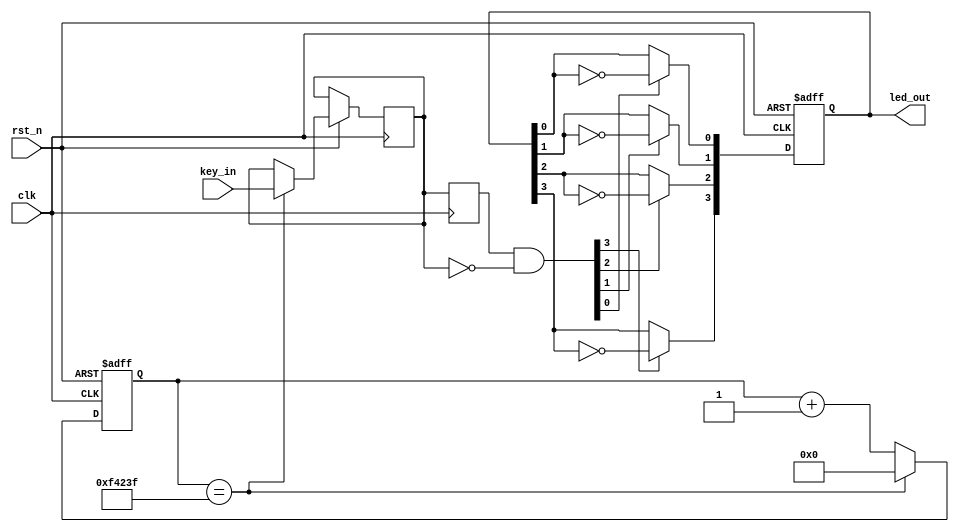
`timescale 1ns / 1ps
//////////////////////////////////////////////////////////////////////////////////
// Company: 
// Engineer: 
// 
// Design Name: 
// Module Name:    key_test 
// Project Name: 
// Target Devices: 
// Tool versions: 
// Description: 
//
// Dependencies: 
//
// Revision: 
// Revision 0.01 - File Created
// Additional Comments: 
//
//////////////////////////////////////////////////////////////////////////////////
module key_test(
    clk,
    rst_n,
    key_in,
    led_out
    );
    
    input clk;
    input rst_n;
    input [3:0]key_in;
    output [3:0]led_out;
    
    reg [19:0]count;
    reg [3:0]key_scan;
    
    /*********************************************************************************
     *20ms
     ********************************************************************************/
     
     always @(posedge clk or negedge rst_n) begin
        if (!rst_n)
            count <= 20'd0;
        else begin
            if (count == 20'd999_999) begin//20ms
                key_scan <= key_in;
                count <= 20'd0;
            end
            else
                count <= count + 1'b1;
        end
     end
     
     //
     reg [3:0] key_scan_r;
     
     always @(posedge clk)
        key_scan_r <= key_scan;
        
    //
    wire [3:0]key_flag = key_scan_r[3:0] & (~key_scan[3:0]);
    
    reg [3:0]rLED;
    
    //LED
    always @(posedge clk or negedge rst_n) begin
        if (!rst_n)
            rLED <= 4'b0000; //LED
        else begin
            if(key_flag[0]) rLED[0] <= ~rLED[0];
            if(key_flag[1]) rLED[1] <= ~rLED[1];
            if(key_flag[2]) rLED[2] <= ~rLED[2];
            if(key_flag[3]) rLED[3] <= ~rLED[3];
        end
    end
    
    assign led_out = rLED;

endmodule